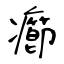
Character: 癤